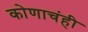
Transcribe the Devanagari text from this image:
कोणाचंही